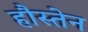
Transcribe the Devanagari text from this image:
हौस्तेन